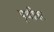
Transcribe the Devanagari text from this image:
पृथीवर